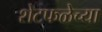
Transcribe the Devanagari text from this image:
शेटफळेच्या